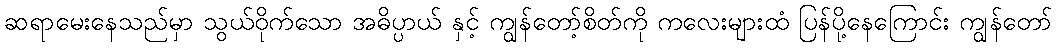
ဆရာမေးနေသည်မှာ သွယ်ဝိုက်သော အဓိပ္ပာယ် နှင့် ကျွန်တော့်စိတ်ကို ကလေးများထံ ပြန်ပို့နေကြောင်း ကျွန်တော်